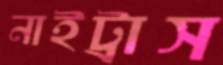
নাইট্রাস